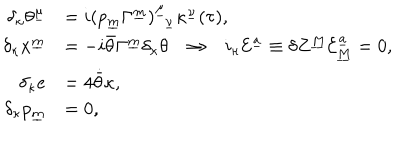
LaTeX: \begin{array} { r l } { { \delta _ { \kappa } \theta ^ { \underline { { { \mu } } } } } } & { { = i ( p _ { \underline { { m } } } \Gamma ^ { \underline { { m } } } ) _ { ~ ~ \underline { { { \nu } } } } ^ { \underline { { { \mu } } } } \kappa ^ { \underline { { { \nu } } } } ( \tau ) , } } \\ { { \delta _ { \kappa } x ^ { \underline { { { m } } } } } } & { { = - i \bar { \theta } \Gamma ^ { \underline { { { m } } } } \delta _ { \kappa } \theta \Rightarrow i _ { \kappa } { \cal E } ^ { \underline { { a } } } \equiv \delta Z ^ { \underline { { M } } } { \cal E } _ { \underline { { M } } } ^ { \underline { { a } } } = 0 , } } \\ { { \delta _ { \kappa } e } } & { { = 4 \dot { \bar { \theta } } \kappa , } } \\ { { \delta _ { \kappa } p _ { \underline { { m } } } } } & { { = 0 , } } \\ \end{array}